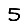
Digit: 5